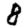
Digit: 8